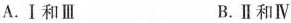
A.Ⅰ和Ⅲ B.Ⅱ和Ⅳ